King Institute of Preventive Medicine Micro-Biological Section reports 1909-11
Year: 1909
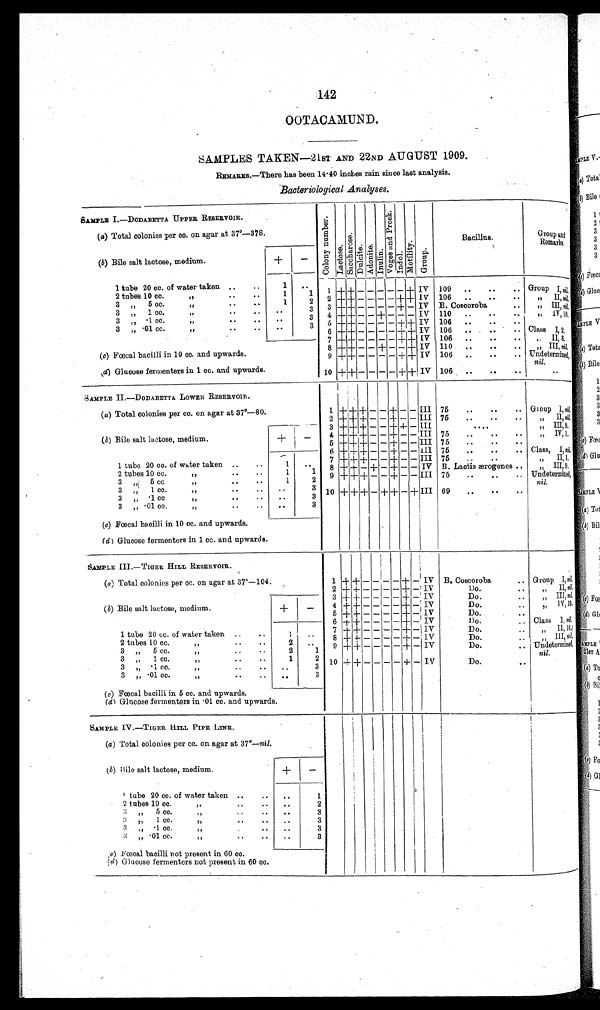
142
OOTACAMUND.
SAMPLES TAKEN—21ST AND 22ND AUGUST 1909.
REMARKS.—There has been 14 . 40 inches rain since last analysis.
Bacteriological Analyses.
SAMPLE I—DODABETTA UPPER RESERVOIR.
C o l o n y n u m b e r .
L a c t o s e S a c c h a r o s e D u l c i t e A d o n i t e I n u l i n V o g e s a n d P r o s k . I n d o l M o t i l i t y G r o u p
Bacillus.
Group and
Remarks.
( a) Total colonies per cc. on agar at 37°—378.
(b) Bile salt lactose, medium.
+
—
1
..
1 tube 20 cc. of water taken ..
..
1
+ + - - - - - + IV 109
.. ..
.. Group I, n i l
1
1
2 tubes 10 cc.
”
IV 106
.. . .
..
..
1
2 2 + + - - - -
+ +
” IInil
3
5 c c
”
3
„
1 c c .
”
.
.
. .
3 +
++ — — — — + — IV B. Coscoroba
. .
” III, nil
3
„
,,
4 + + — — + — — — IV 110 ..
..
. .
,, IV,10
3
” .1cc.
”
..
..
. .
3
3 5 + + — — — — + + IV 106 ..
..
..
. .
3 „ .01 cc.
”
..
..
IV 106 ..
..
..
6 +
t+ - - - -
+ +
Class I2,
7 + +
- - - - + + IV 106 ..
..
..
” II,8.
8 +
++ — — + — — + IV 110
..
.
„ III, nil,
(c) Fœcal bacilli in 10 cc. and upwards.
9 + + — — — — + + IV 106
..
. Undetermined
.
(d) Glucose fermenters in 1 cc. and upwards.
10 +
+
- — — — + + IV 106 ..
..
n i l
..
SAMPLE II.—DODABETTA LOWER RESERVOIR.
(a) Total colonies per cc. on agar at 37°—80.
1 + + + — — + — — III 75
..
..
.. Group I, n i l
2
+
+ + — — + — — III 75
..
..
..
” II, ni l
_
3 +
++ + — — + + — III
. . . .
„ III,9,
(b) Bile salt lactose, medium.
+
—
4 + + + — — + — -
—III 75
..
..
..
”
I V , 1
5 + + + — — + — — III 75
..
..
..
6 + + + — — + — —
I I I 75
..
..
.. Class,
I n i l
1 tube 20 cc. of water taken .
..
1
..
7 + + + — -
—+ - - III 75
..
.
II I
8
—
— IV B. Lactis ærogenes..
”
III,9.
+
+ - + + —
2 tubes 10 oc.
”
..
..
1
1
9 + + + — — + — — III 75
..
..
.. Undetermind
3 „ 5 CC
”
. .
1
2
3
” 1 cc.
..
..
.
3 10 + + + — + + — + III 69
..
..
..
nil.
3 „ .1 cc
,,
..
..
..
3
3 „ .01 cc.
..
..
..
3
(c) Fœcal bacilli in 10 cc. and upwards.
(d) Glucose fermenters in 1 cc. and upwards.
SAMPLE III.— TIGER HILL RESERVOIR.
i
(a) Total colonies per cc. on agar at 37°—104.
1 + + - — - — + - IV B. Coscoroba
.. Group
I ,
n i l
2 +
+ - - - -+ — IV
Do.
II n i l
3 + + - — — — + - IV
Do.
..
„ III, n i l
(b) Bile salt lactose, medium.
+
—
4 + + - — — — + — IV
Do.
Iv 1 0
5 + + -
- - -
+ - I V
Do.
. .
6 + + - — — — + - IV
Do.
.. Class I, n i l
1 tube 20 cc. of water taken ..
..
1
. . 7 + + - — — — + —1 I V
Do .
..
II 10
2 tubes 10 cc.
2
. . 8 ++ -
- - — + - IV
Do.
. . ,, III,n i l
3
, , 5cc.
2
1
9 + + -
- — — + - IV
Do.
.. Undetermined
3 „ 1 cc
,,
..
..
1
2
nil.
3 „ ·1cc.
„
..
.. . .
3 10 -++ - - - -
+ - IV
Do.
. .
3 ,, ·01cc
,,
..
..
3
(c) Foecal bacilli in 5 cc. and upwards.
(d) Glucose fermenters in .01 cc. and upwards.
SAMPLE IV.—TIGER HILL PIPE LINE.
—
(a) Total colonies per cc. on agar at 37°—nil.
(b) Bile salt lactose, medium.
.
1 tube 20 cc. of water taken ..
_
..
1
2 tubes 10 cc.
2
3 „ 5cc
, ,
. .
3
3 „ 1 cc.
,,
..
..
..
3
3 „ . 1 cc.
, ,
3
3 „ ·01 cc.
,,
..
..
..
3
(c) Fœcal bacilli not present in 60 cc.
(d) Glucose fermenters not present in 60 cc.